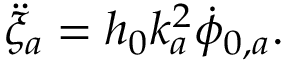
\ddot { \xi } _ { a } = h _ { 0 } k _ { a } ^ { 2 } \dot { \phi } _ { 0 , a } .